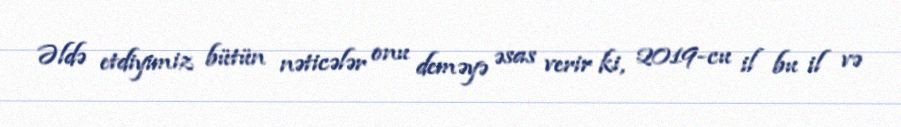
Əldə etdiyimiz bütün nəticələr onu deməyə əsas verir ki, 2019-cu il bu il və